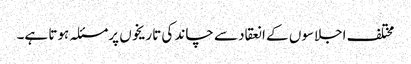
مختلف اجلاسوں کے انعقاد سے چاند کی تاریخوں پرمسئلہ ہوتا ہے۔